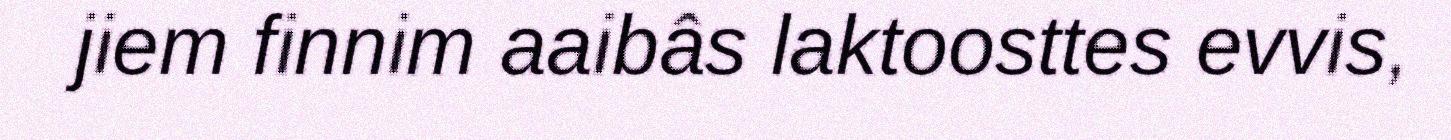
jiem finnim aaibâs laktoosttes evvis,